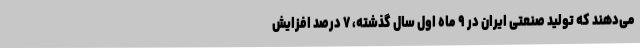
می‌دهند که تولید صنعتی ایران در ۹ ماه اول سال گذشته، ۷ درصد افزایش